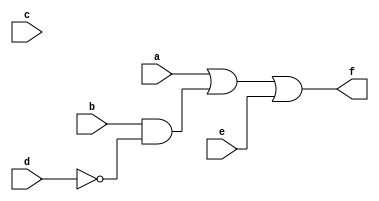
module SOP(a,b,d,e,c,f);
input a,b,d,e,c;
output f;
assign f=a|(b&~d)|e;

endmodule